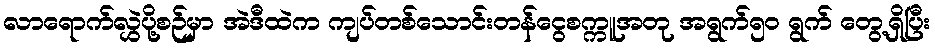
လာရောက်လွှဲပို့စဉ်မှာ အဲဒီထဲက ကျပ်တစ်သောင်းတန်ငွေစက္ကူအတု အရွက်၅ဝ ရွက် တွေ့ရှိပြီး